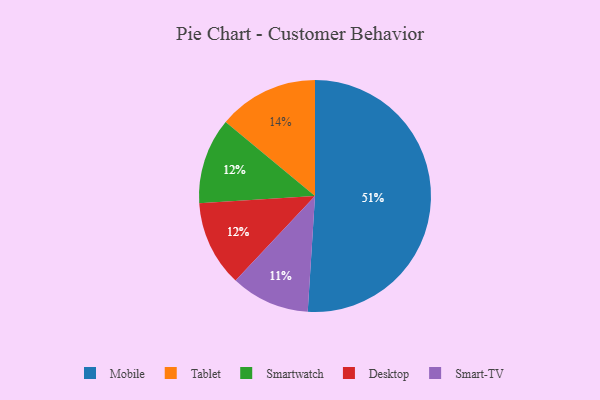
{"axis": {"x": "Category", "y": "Percentage"}, "legend": ["Desktop", "Mobile", "Smart-TV", "Smartwatch", "Tablet"], "data": [{"x": "Smartwatch", "y": 12, "type": "Smartwatch"}, {"x": "Desktop", "y": 12, "type": "Desktop"}, {"x": "Tablet", "y": 14, "type": "Tablet"}, {"x": "Mobile", "y": 51, "type": "Mobile"}, {"x": "Smart-TV", "y": 11, "type": "Smart-TV"}]}